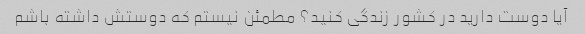
آیا دوست دارید در کشور زندگی کنید؟ مطمئن نیستم که دوستش داشته باشم